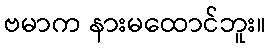
ဗမာက နားမထောင်ဘူး။